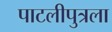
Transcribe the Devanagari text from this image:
पाटलीपुत्रला